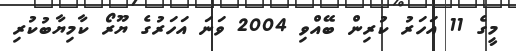
މީގެ 11 އަހަރު ކުރިން ބޭއްވި 2004 ވަނަ އަހަރުގެ ޔޫރޯ ކާމިޔާބުކުރި